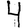
Digit: 4